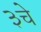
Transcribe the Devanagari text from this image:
३चे